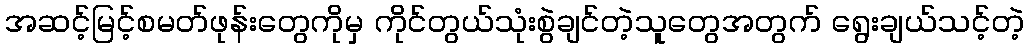
အဆင့်မြင့်စမတ်ဖုန်းတွေကိုမှ ကိုင်တွယ်သုံးစွဲချင်တဲ့သူတွေအတွက် ရွေးချယ်သင့်တဲ့